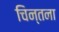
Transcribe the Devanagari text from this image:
चिन्तना